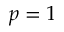
p = 1